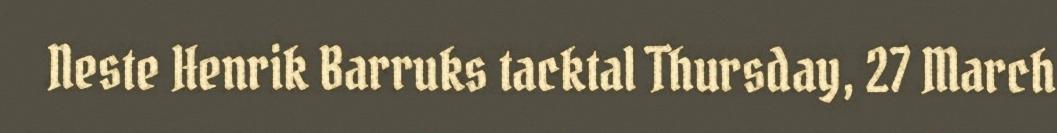
Neste Henrik Barruks tacktal Thursday, 27 March